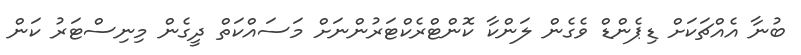
ބުނާ އެއްޗަކަށް ޑިޕެންޑް ވެގެން ލަންކާ ކޮންޓްރެކްޓަރުންނަށް މަސައްކަތް ދީގެން މިނިސްޓަރު ކަން